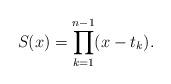
LaTeX: \begin{align*}{S}(x)=\prod_{k=1}^{n-1} (x-{t}_k).\end{align*}